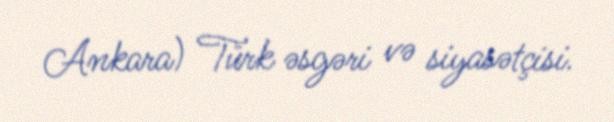
Ankara) Türk əsgəri və siyasətçisi.